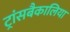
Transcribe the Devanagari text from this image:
ट्रांसबैकालिया